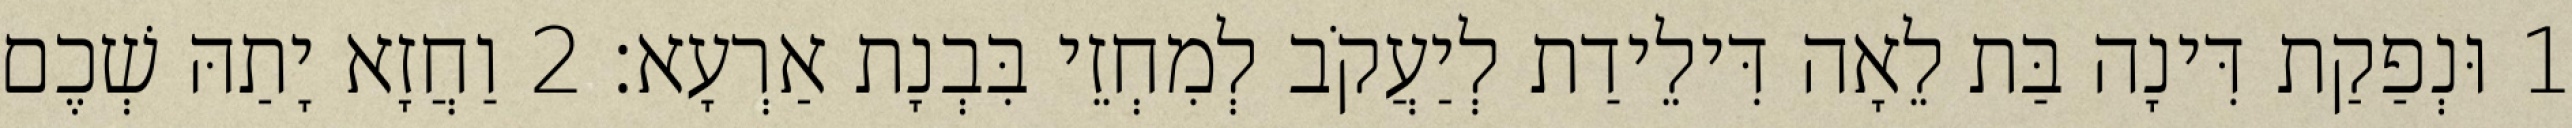
1 וּנְפַקַת דִּינָה בַּת לֵאָה דִּילֵידַת לְיַעֲקֹב לְמִחְזֵי בִּבְנָת אַרְעָא׃ 2 וַחֲזָא יָתַהּ שְׁכֶם